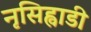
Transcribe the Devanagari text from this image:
नृसिह्वाडी